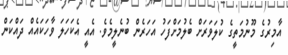
އާމިރުގެ މޫނުމަތީގެ ކުލަވަރަށް ބެލުމަށްފަހު އަހަރެން ބުނެލީމެވެ. އެއީ އެކަހަލަ ވާހަކައެއް ދައްކަން